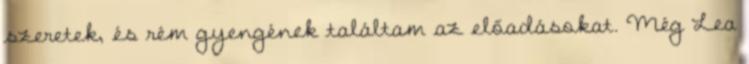
szeretek, és rém gyengének találtam az előadásokat. Még Lea